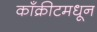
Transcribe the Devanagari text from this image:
काँक्रीटमधून